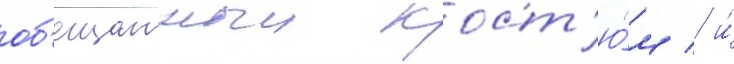
об'ещанныи кост'ю́м / и́